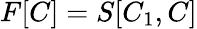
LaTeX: F[C]=S[C_{1},C]